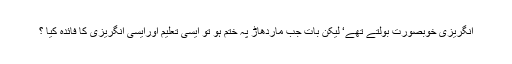
انگریزی خوبصورت بولتے تھے‘ لیکن بات جب ماردھاڑ پہ ختم ہو تو ایسی تعلیم اورایسی انگریزی کا فائدہ کیا ؟